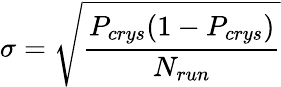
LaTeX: \sigma=\sqrt{\frac{P_{crys}(1-P_{crys})}{N_{run}}}